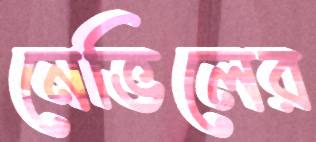
নেভিলের